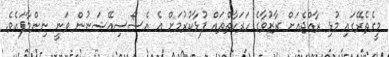
މީގެތެރޭގައި މުޅި ރާއްޖެއަށް ރާޒުވާގެ ހަރަކާތްތައް ފުޅާކުރުމަށް އެ އެސޯސިއޭޝަނުން ވަނީ ނިންމާފައެވެ.